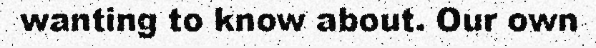
wanting to know about. Our own